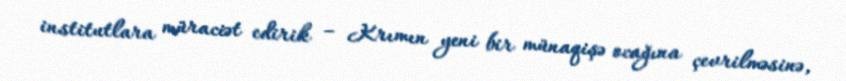
institutlara müraciət edirik – Krımın yeni bir münaqişə ocağına çevrilməsinə,